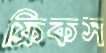
ফ্রিকস